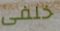
خلفى